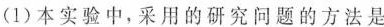
(1)本实验中，采用的研究问题的方法是)